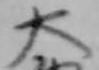
太